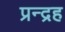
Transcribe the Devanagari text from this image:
प्रन्द्रह